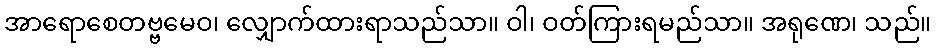
အာရောစေတဗ္ဗမေဝ၊ လျှောက်ထားရာသည်သာ။ ဝါ၊ ဝတ်ကြားရမည်သာ။ အရုဏေ၊ သည်။